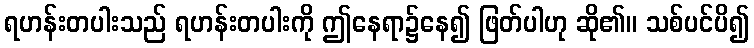
ရဟန်းတပါးသည် ရဟန်းတပါးကို ဤနေရာ၌နေ၍ ဖြတ်ပါဟု ဆို၏။ သစ်ပင်ပိ၍